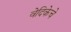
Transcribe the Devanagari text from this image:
वेदिकेचे